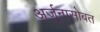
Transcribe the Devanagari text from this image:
अर्जुनासोबत